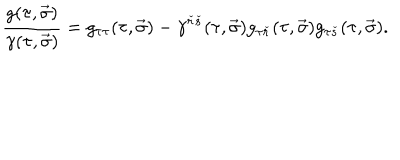
LaTeX: { \frac { g ( \tau , \vec { \sigma } ) } { \gamma ( \tau , \vec { \sigma } ) } } = g _ { \tau \tau } ( \tau , \vec { \sigma } ) - \gamma ^ { { \check { r } } { \check { s } } } ( \tau , \vec { \sigma } ) g _ { \tau { \check { r } } } ( \tau , \vec { \sigma } ) g _ { \tau { \check { s } } } ( \tau , \vec { \sigma } ) .